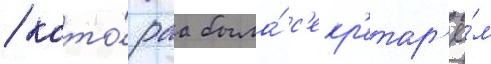
/ кото́раа была́ с'екр'етар'ё́м